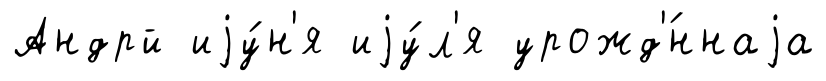
Андрй иjу́н'я иjу́л'я урожд'́ннаjа